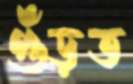
গুঁড়ত